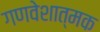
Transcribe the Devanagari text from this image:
गणवेशात्मक